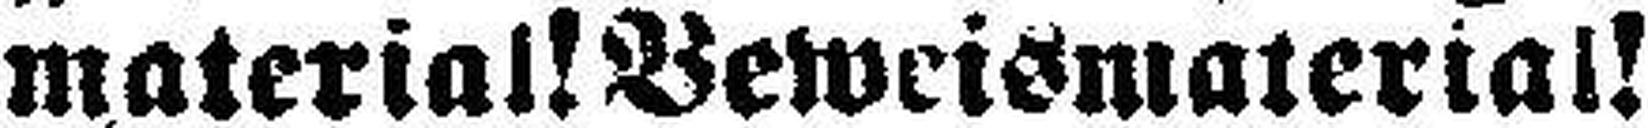
material! Beweismaterial!